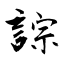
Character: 誴